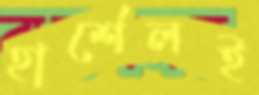
হার্শেলই